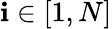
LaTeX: \mathbf{i}\in[1,N]